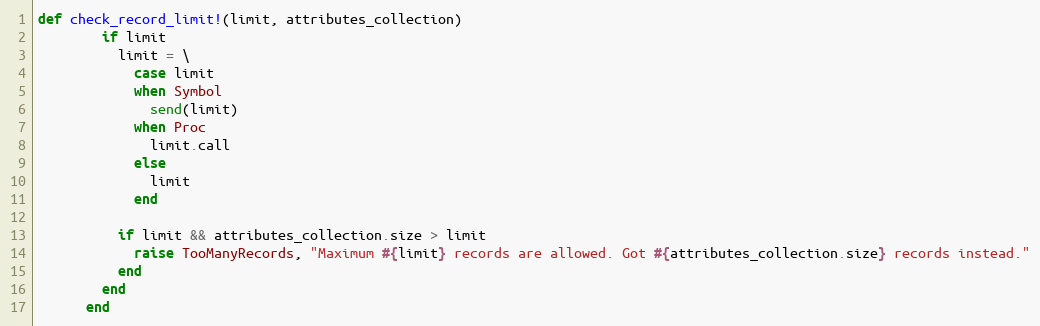
Language: Ruby
def check_record_limit!(limit, attributes_collection)
        if limit
          limit = \
            case limit
            when Symbol
              send(limit)
            when Proc
              limit.call
            else
              limit
            end

          if limit && attributes_collection.size > limit
            raise TooManyRecords, "Maximum #{limit} records are allowed. Got #{attributes_collection.size} records instead."
          end
        end
      end